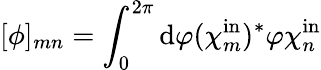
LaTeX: [\phi]_{mn}=\int_{0}^{2\pi}\mathrm{d}\varphi(\chi_{m}^{\mathrm{in}})^{*}\varphi\chi_{n}^{\mathrm{in}}